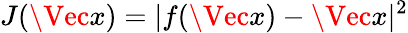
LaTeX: J(\Vec{x})=|f(\Vec{x})-\Vec{x}|^{2}